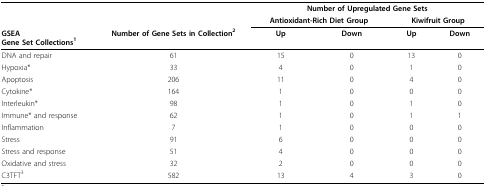
<table><thead><tr><td></td><td></td><td colspan="4"><b>Number of Upregulated Gene Sets</b></td></tr><tr><td></td><td></td><td colspan="2"><b>Antioxidant-Rich Diet Group</b></td><td colspan="2"><b>Kiwifruit Group</b></td></tr><tr><td><b>GSEAGene Set Collections<sup>1</sup></b></td><td><b>Number of Gene Sets in Collection<sup>2</sup></b></td><td><b>Up</b></td><td><b>Down</b></td><td><b>Up</b></td><td><b>Down</b></td></tr></thead><tbody><tr><td>DNA and repair</td><td>61</td><td>15</td><td>0</td><td>13</td><td>0</td></tr><tr><td>Hypoxia*</td><td>33</td><td>4</td><td>0</td><td>1</td><td>0</td></tr><tr><td>Apoptosis</td><td>206</td><td>11</td><td>0</td><td>4</td><td>0</td></tr><tr><td>Cytokine*</td><td>164</td><td>1</td><td>0</td><td>0</td><td>0</td></tr><tr><td>Interleukin*</td><td>98</td><td>1</td><td>0</td><td>1</td><td>0</td></tr><tr><td>Immune* and response</td><td>62</td><td>1</td><td>0</td><td>1</td><td>1</td></tr><tr><td>Inflammation</td><td>7</td><td>1</td><td>0</td><td>0</td><td>0</td></tr><tr><td>Stress</td><td>91</td><td>6</td><td>0</td><td>0</td><td>0</td></tr><tr><td>Stress and response</td><td>51</td><td>4</td><td>0</td><td>0</td><td>0</td></tr><tr><td>Oxidative and stress</td><td>32</td><td>2</td><td>0</td><td>0</td><td>0</td></tr><tr><td>C3TFT<sup>3</sup></td><td>582</td><td>13</td><td>4</td><td>3</td><td>0</td></tr></tbody></table>